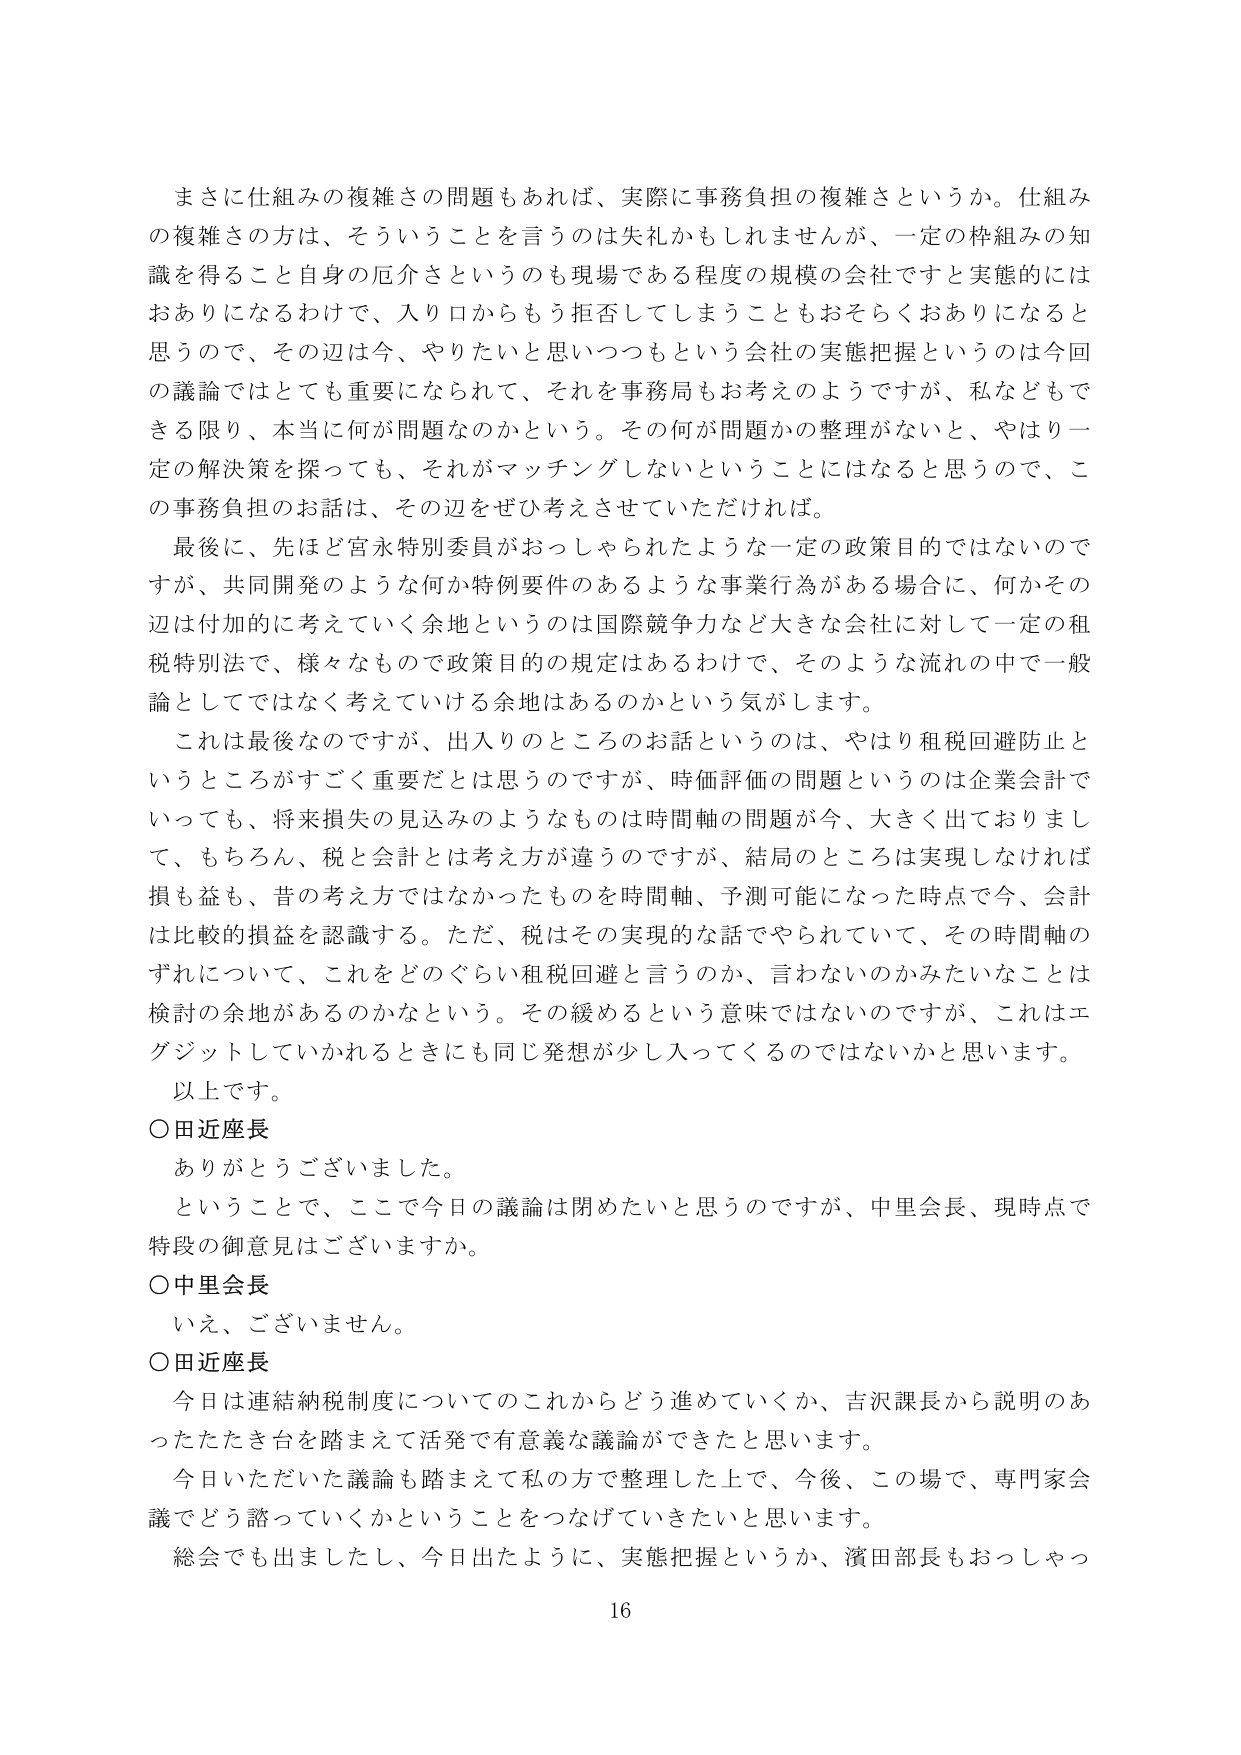
まさに仕組みの複雑さの問題もあれば、実際に事務負担の複雑さというか。仕組みの複雑さの方は、そういうことを言うのは失礼かもしれませんが、一定の枠組みの知識を得ること自身の厄介さというのも現場である程度の規模の会社ですと実態的にはおありになるわけで、入り口からもう拒否してしまうこともおそらくおありになると思うので、その辺は今、やりたいと思いつつもという会社の実態把握というのは今回の議論ではとても重要になられて、それを事務局もお考えのようですが、私などもできる限り、本当に何が問題なのかという。その何が問題かの整理がないと、やはり一定の解決策を探っても、それがマッチングしないということにはなると思うので、この事務負担のお話は、その辺をぜひ考えさせていただければ。

最後に、先ほど宮永特別委員がおっしゃられたような一定の政策目的ではないのですが、共同開発のような何か特例要件のあるような事業行為がある場合に、何かその辺は付加的に考えていく余地というのは国際競争力など大きな会社に対して一定の租税特別法で、様々なもので政策目的の規定はあるわけで、そのような流れの中で一般論としてではなく考えていける余地はあるのかという気がします。

これは最後なのですが、出入りのところのお話というのは、やはり租税回避防止というところがすごく重要だと思うのですが、時価評価の問題というのは企業会計でいっても、将来損失の見込みのようなものは時間軸の問題が今、大きく出ておりまして、もちろん、税と会計とは考え方が違うのですが、結局のところは実現しなければ損も益も、昔の考え方ではなかったものを時間軸、予測可能になった時点で今、会計は比較的損益を認識する。ただ、税はその実現的な話でやられていて、その時間軸のずれについて、これをどのぐらい租税回避と言うのか、言わないのかみたいなことは検討の余地があるのかなという。その緩めるという意味ではないのですが、これはエグジットしていかれるときにも同じ発想が少し入ってくるのではないかなと思います。

以上です。

○田近座長
ありがとうございました。

ということで、ここで今日の議論は閉めたいと思うのですが、中里会長、現時点で特段の御意見はございますか。

○中里会長
いえ、ございません。

○田近座長
今日は連結納税制度についてのこれからどう進めていくか、吉沢課長から説明のあったたたき台を踏まえて活発で有意義な議論ができたと思います。

今日いただいた議論も踏まえて私の方で整理した上で、今後、この場で、専門家会議でどう諮っていくかということをつなげていきたいと思います。

総会でも出ましたし、今日出たように、実態把握というか、濱田部長もおっしゃっ

16